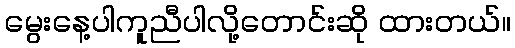
မွေးနေ့ပါကူညီပါလို့တောင်းဆို ထားတယ်။